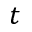
t